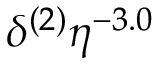
\delta ^ { ( 2 ) } \eta ^ { - 3 . 0 }